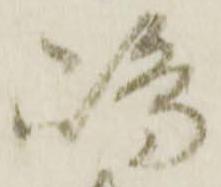
嶋